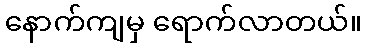
နောက်ကျမှ ရောက်လာတယ်။